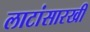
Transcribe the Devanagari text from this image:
लाटांसारखी